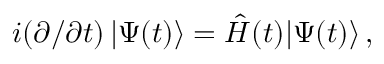
\begin{array} { r } { i ( \partial / \partial t ) \, | \Psi ( t ) \rangle = \hat { H } ( t ) | \Psi ( t ) \rangle \, , } \end{array}